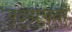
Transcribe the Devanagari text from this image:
वृद्पाचवीं